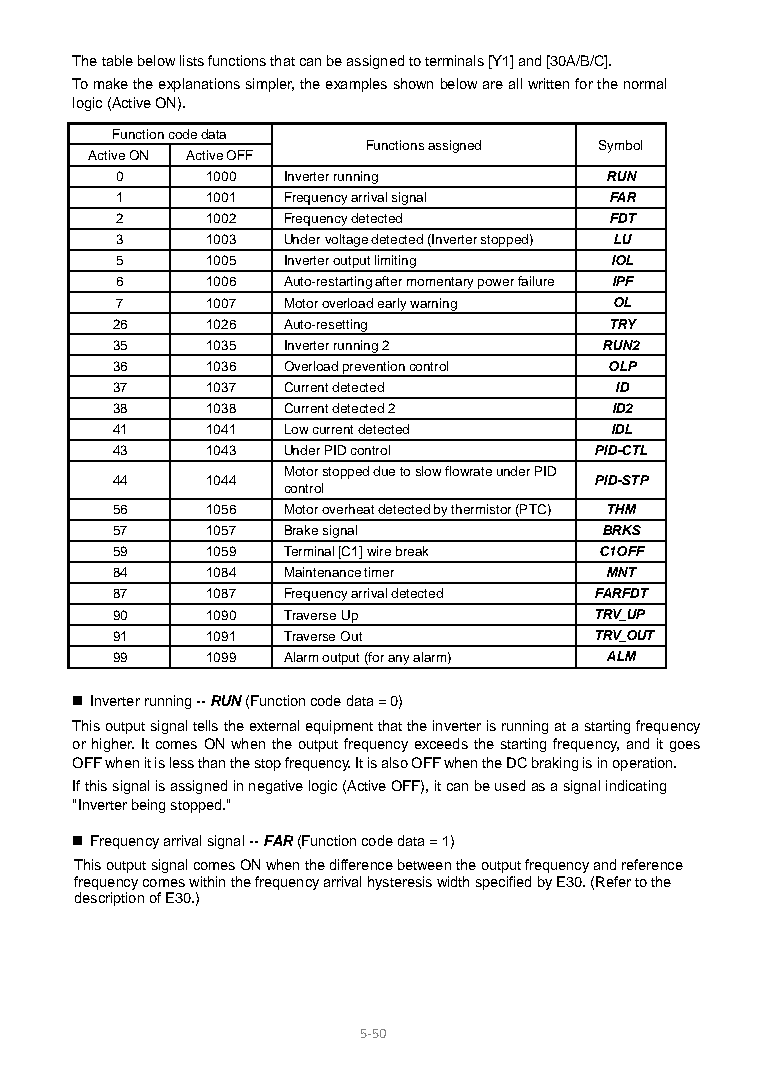
The table below lists functions that can be assigned to terminals [Y1] and [30A/B/C].
 To make the explanations simpler, the examples shown below are all written for the normal
 logic (Active ON).
 Function code data
 Functions assigned Symbol
 Active ON Active OFF
 0     1000 Inverter running     RUN
 1     1001 Frequency arrival signal FAR
 2     1002 Frequency detected   FDT
 3     1003 Under voltage detected (Inverter stopped) LU
 5     1005 Inverter output limiting IOL
 6     1006 Auto-restarting after momentary power failure IPF
 7     1007 Motor overload early warning OL
 26     1026 Auto-resetting       TRY
 35     1035 Inverter running 2   RUN2
 36     1036 Overload prevention control OLP
 37     1037 Current detected      ID
 38     1038 Current detected 2   ID2
 41     1041 Low current detected IDL
 43     1043 Under PID control   PID-CTL
 Motor stopped due to slow flowrate under PID
 44     1044                     PID-STP
 control
 56     1056 Motor overheat detected by thermistor (PTC) THM
 57     1057 Brake signal         BRKS
 59     1059 Terminal [C1] wire break C1OFF
 84     1084 Maintenance timer    MNT
 87     1087 Frequency arrival detected FARFDT
 90     1090 Traverse Up         TRV_UP
 91     1091 Traverse Out        TRV_OUT
 99     1099 Alarm output (for any alarm) ALM
  Inverter running -- RUN (Function code data = 0)
 This output signal tells the external equipment that the inverter is running at a starting frequency
 or higher. It comes ON when the output frequency exceeds the starting frequency, and it goes
 OFF when it is less than the stop frequency. It is also OFF when the DC braking is in operation.
 If this signal is assigned in negative logic (Active OFF), it can be used as a signal indicating
 "Inverter being stopped."
  Frequency arrival signal -- FAR (Function code data = 1)
 This output signal comes ON when the difference between the output frequency and reference
 frequency comes within the frequency arrival hysteresis width specified by E30. (Refer to the
 description of E30.)
 5-5 0